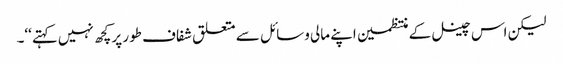
لیکن اس چینل کے منتظمین اپنے مالی وسائل سے متعلق شفاف طور پر کچھ نہیں کہتے‘‘۔